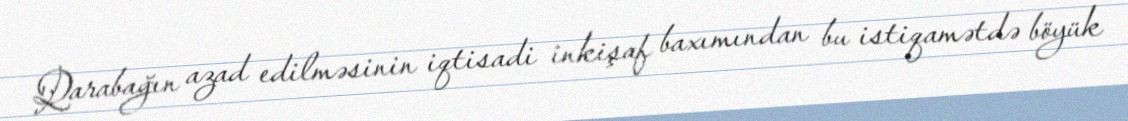
Qarabağın azad edilməsinin iqtisadi inkişaf baxımından bu istiqamətdə böyük